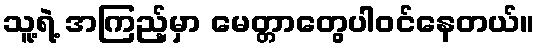
သူ့ရဲ့ အကြည့်မှာ မေတ္တာတွေပါဝင်နေတယ်။